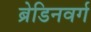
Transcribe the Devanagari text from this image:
ब्रेडिनवर्ग